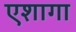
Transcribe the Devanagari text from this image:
एशागा